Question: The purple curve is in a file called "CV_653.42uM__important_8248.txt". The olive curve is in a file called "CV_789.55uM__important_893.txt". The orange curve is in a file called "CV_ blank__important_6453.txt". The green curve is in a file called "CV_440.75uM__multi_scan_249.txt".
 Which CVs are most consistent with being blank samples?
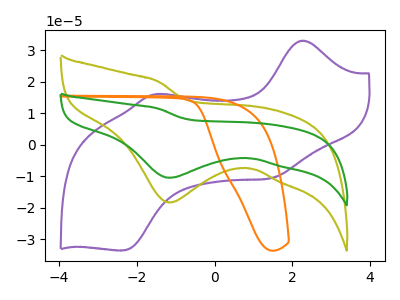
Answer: <think>The purple curve "653.42uM" has anodic peaks at (2.25V, 33.10uA) (-1.55V, 16.05uA) and cathodic peaks at (1.45V, -10.65uA) (-2.35V, -33.65uA). The olive curve "789.55uM" has a cathodic peak at: (-1.15V, -18.40uA). The orange curve " blank" has no peaks. The green curve "440.75uM" has a cathodic peak at: (-1.15V, -10.50uA).</think>
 <answer>" blank" is likely to be a blank.</answer>
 <eval> blank</eval>